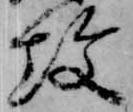
攻